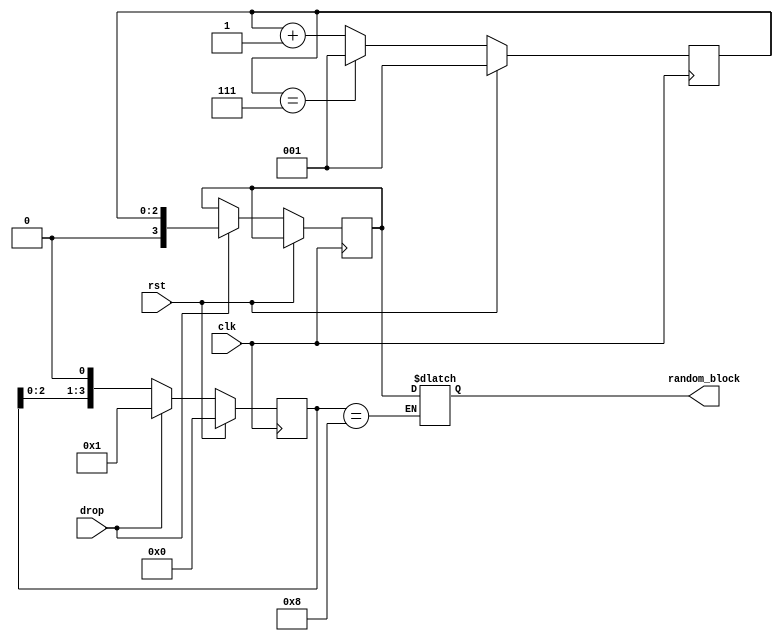
module rand_gen (
           input clk,
           input rst,
           output [3:0]random_block,
           input drop
       );
reg [3:0] rec;
reg [3:0] random_block;
reg [2:0] cnt;
reg [3:0] delay;
always@(*) begin
    if(delay == 4'b1000)
        random_block = rec;
end
always@(posedge clk) begin
    if(rst) begin
        cnt <= 1;
        delay <= 4'b0000;
    end
    else begin
        if(drop) begin
            rec <= cnt;
            delay <= 4'b0001;
        end
        else begin
            delay <= {delay[2:0], 1'b0};
        end
        if(cnt == 7)
            cnt <= 1;
        else
            cnt <= cnt + 1;
    end
end

endmodule